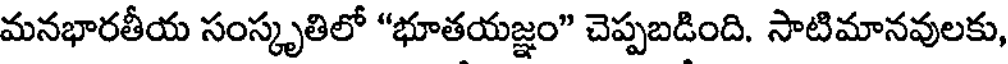
మనభారతీయ సంస్కృతిలో "భూతయజ్ఞం" చెప్పబడింది. సాటిమానవులకు,